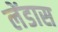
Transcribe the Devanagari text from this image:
लेंडास